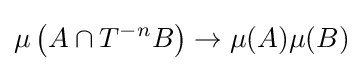
\mu \left(A\cap T^{-n}B\right)\to \mu (A)\mu (B)